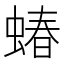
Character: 蝽